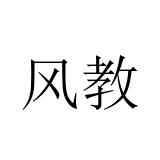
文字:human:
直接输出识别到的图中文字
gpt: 风教